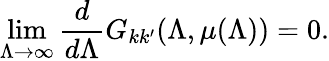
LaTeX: \operatorname*{lim}_{\Lambda\to\infty}\frac{d}{d\Lambda}G_{kk^{\prime}}(\Lambda,\mu(\Lambda))=0.